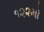
૧૨૨મો